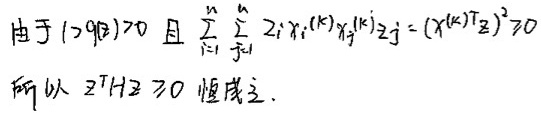
由于 $H \geq 0$ 且 $\sum_{i = 1}^{n} \sum_{j = 1}^{n} z_{i} x_{i}^{(k)} x_{j}^{(k)} z_{j}=\left(X^{(k) T} z\right)^{2} \geq 0$ 所以 $z^{T} H z \geq 0$ 恒成立.